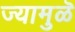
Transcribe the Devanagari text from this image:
ज्यामुळॆ